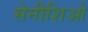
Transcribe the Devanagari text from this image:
सेनीशिओ